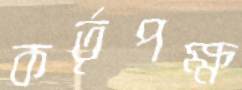
কর্তৃপক্ষ